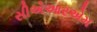
સીએઆરએમ